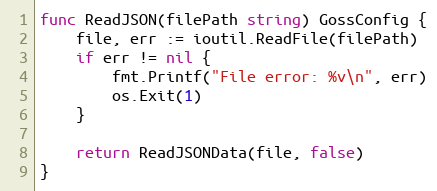
Language: Go
func ReadJSON(filePath string) GossConfig {
	file, err := ioutil.ReadFile(filePath)
	if err != nil {
		fmt.Printf("File error: %v\n", err)
		os.Exit(1)
	}

	return ReadJSONData(file, false)
}